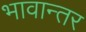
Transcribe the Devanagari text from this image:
भावान्तर